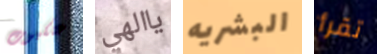
عنكبوت ياالهي البشريه تقرأ